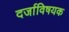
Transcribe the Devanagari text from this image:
दर्जाविषयक